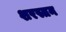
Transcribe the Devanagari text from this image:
शरस्तन